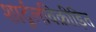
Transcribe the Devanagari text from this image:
शार्दूलविक्रीड़ित